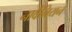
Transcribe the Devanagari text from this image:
नार्वेनियन